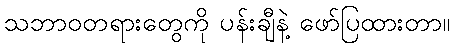
သဘာဝတရားတွေကို ပန်းချီနဲ့ ဖော်ပြထားတာ။